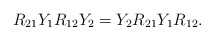
\begin{align*}R_{21} Y_1 R_{12} Y_2 = Y_2 R_{21} Y_1 R_{12}.\end{align*}